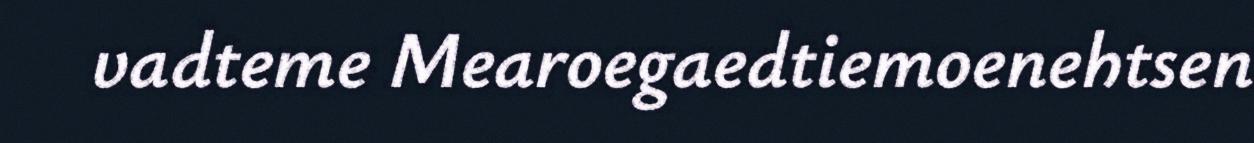
vadteme Mearoegaedtiemoenehtsen